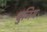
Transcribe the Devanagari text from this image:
बुनिय